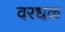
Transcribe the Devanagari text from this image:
वरधक